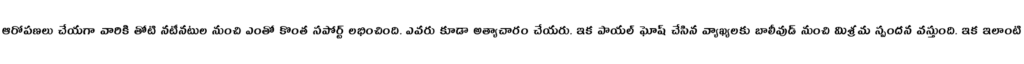
ఆరోపణలు చేయగా వారికి తోటి నటీనటుల నుంచి ఎంతో కొంత సపోర్ట్ లభించింది. ఎవరు కూడా అత్యాచారం చేయరు. ఇక పాయల్ ఘోష్ చేసిన వ్యాఖ్యలకు బాలీవుడ్ నుంచి మిశ్రమ స్పందన వస్తుంది. ఇక ఇలాంటి